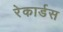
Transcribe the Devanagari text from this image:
रेकार्डस